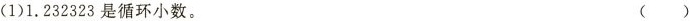
(1)1.232323是循环小数。 ()